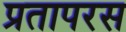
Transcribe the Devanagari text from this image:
प्रतापरस